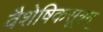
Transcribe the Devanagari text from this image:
वैशेषिकसूत्रम्